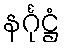
နင်္ဂုဋ္ဌံ